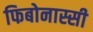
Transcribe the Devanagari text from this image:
फिबोनास्सी